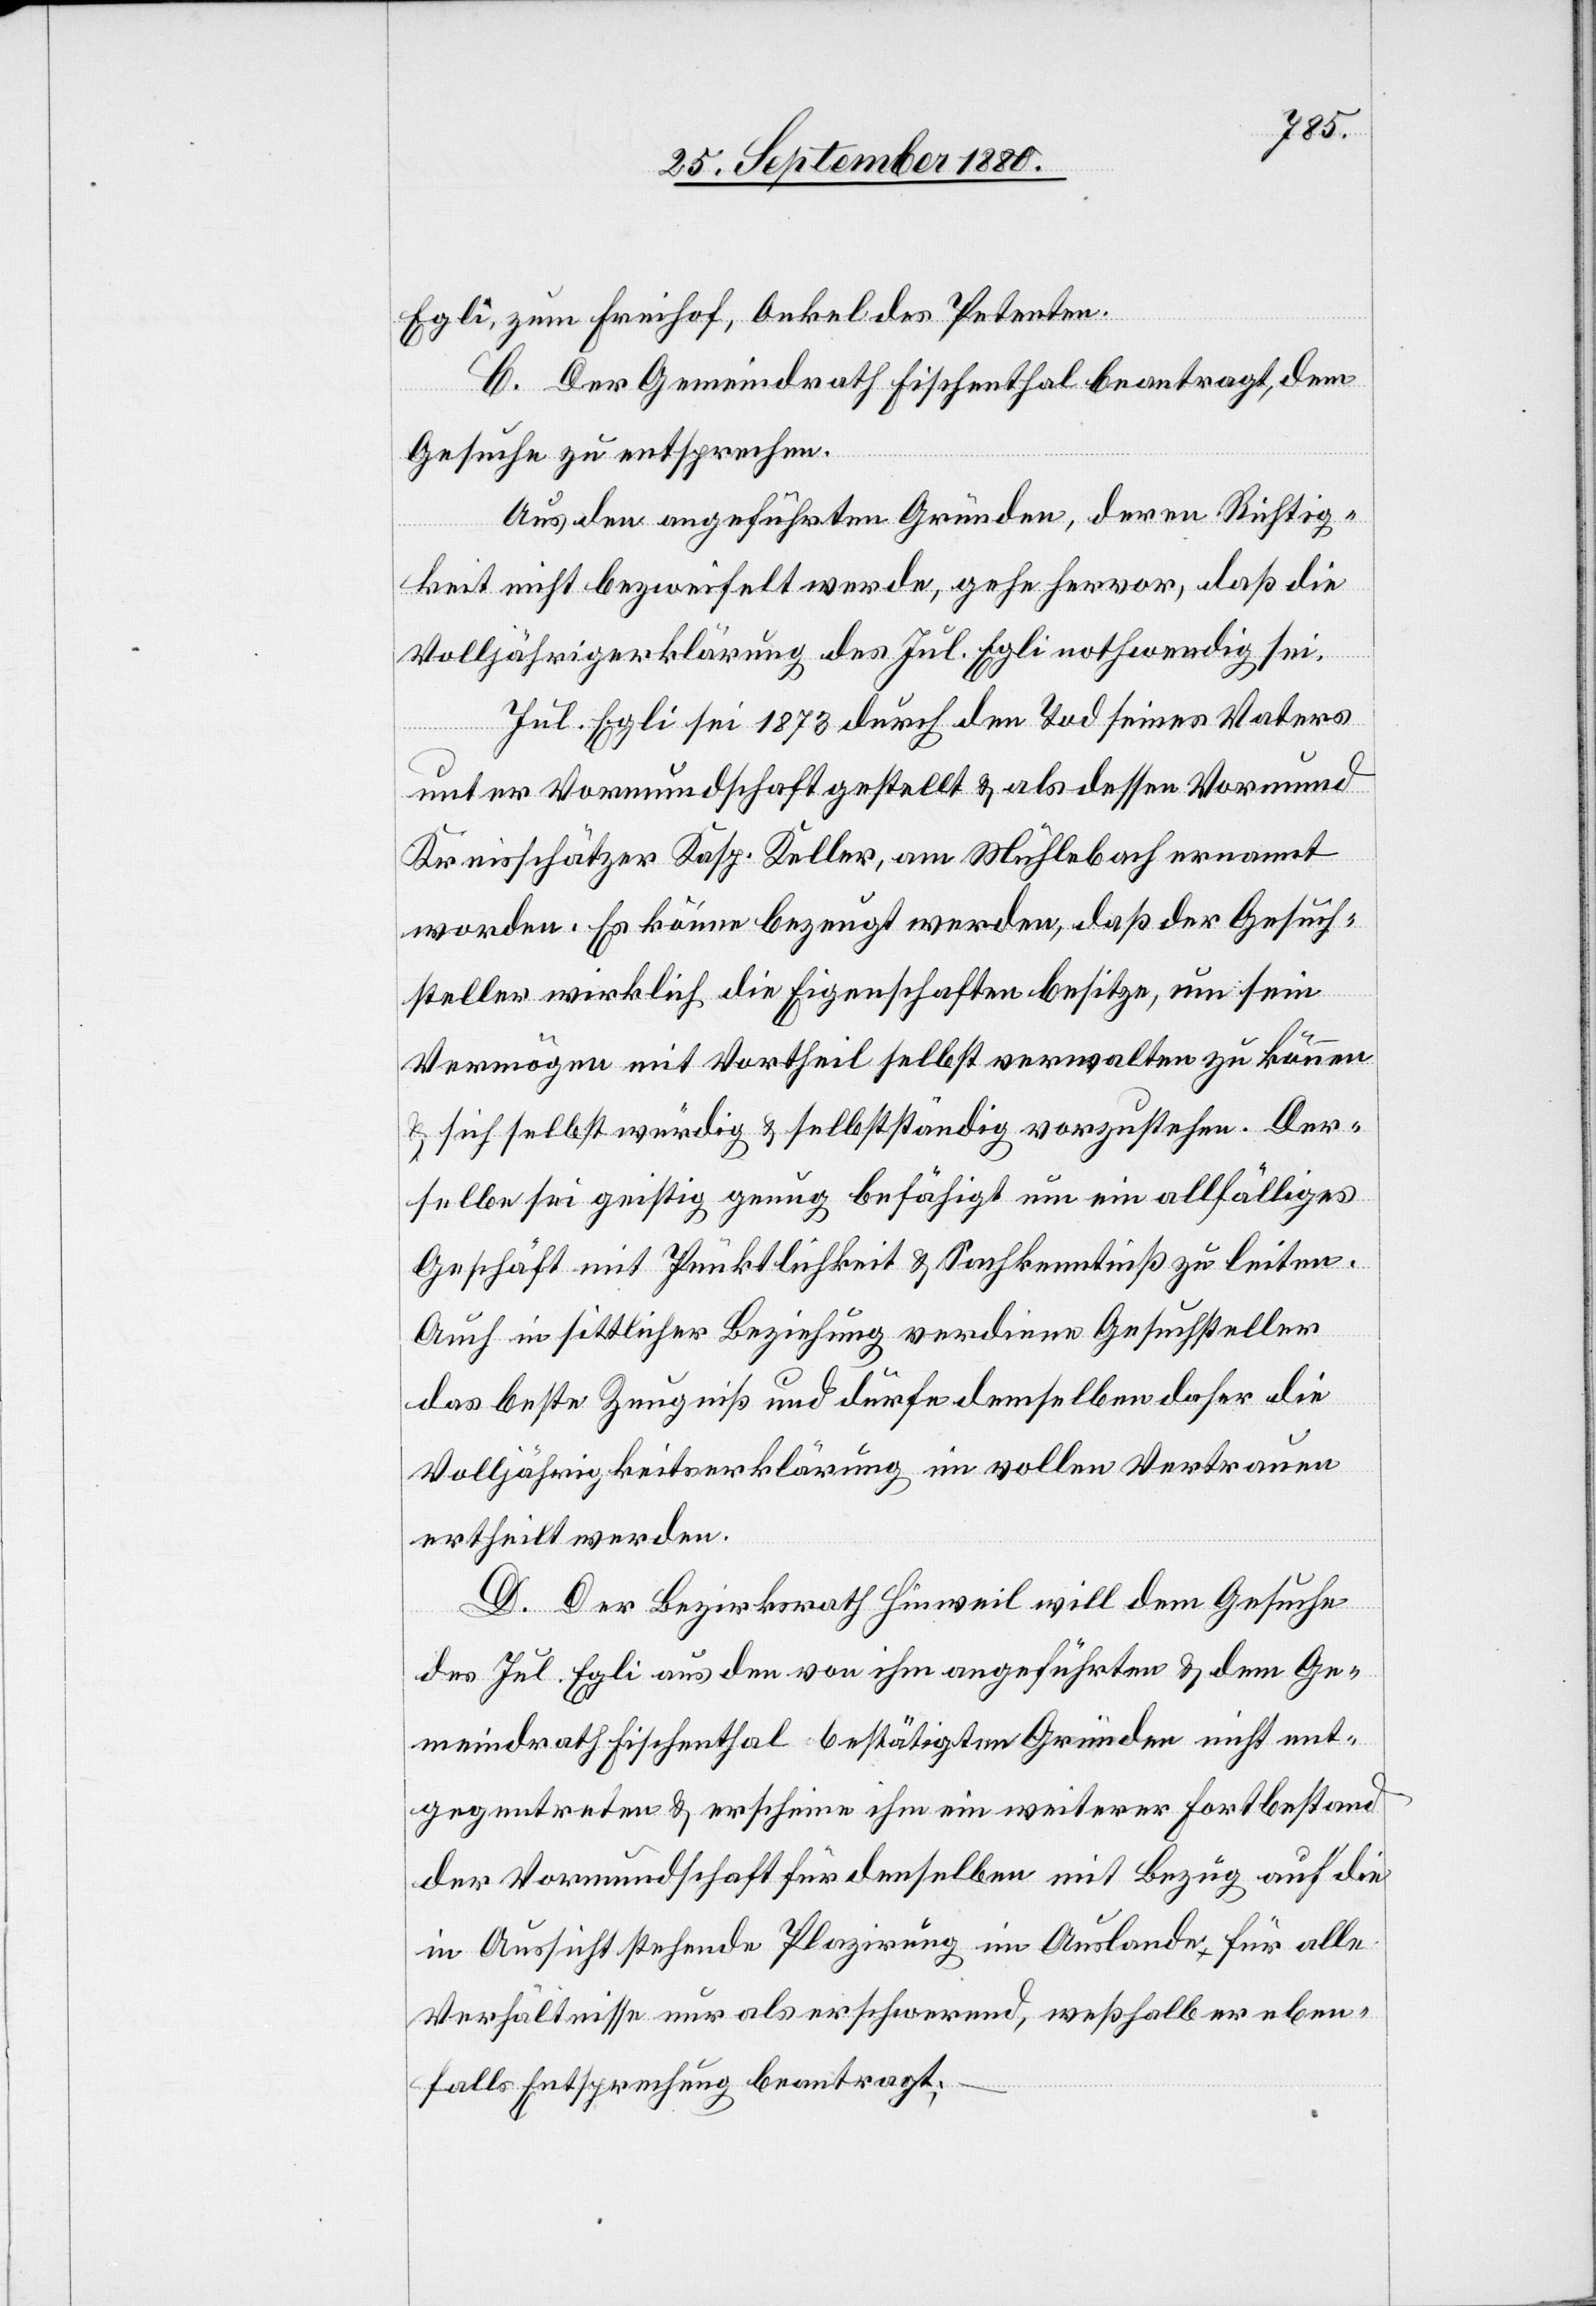
Egli, zum Freihof, Onkel des Petenten.
C. Der Gemeindrath Fischenthal beantragt, dem
Gesuche zu entsprechen.
Aus den angeführten Gründen, deren Richtig¬
keit nicht bezweifelt werde, gehe hervor, daß die
Volljährigerklärung des Jul. Egli nothwendig sei.
Jul. Egli sei 1878 durch den Tod seines Vaters
unter Vormundschaft gestellt & als dessen Vormund
Kreisschätzer Kasp. Keller, am Mühlebach ernannt
worden. Es könne bezeugt werden, daß der Gesuch¬
steller wirklich die Eigenschaften besitze, um sein
Vermögen mit Vortheil selbst verwalten zu können
& sich selbstwürdig & selbstständig vorzustehen. Der¬
selbe sei geistig genug befähigt um ein allfälliges
Geschäft mit Pünktlichkeit & Sachkenntniß zu leiten.
Auch in sittlicher Beziehung verdiene Gesuchsteller
das beste Zeugniß und dürfe demselben daher die
Volljährigkeitserklärung im vollen Vertrauen
ertheilt werden.
D. Der Bezirksrath Hinweil will dem Gesuche
des Jul. Egli aus den von ihm angeführten & dem Ge¬
meindrath Fischenthal bestätigten Gründen nicht ent¬
gegentreten & erscheine ihm ein weiterer Fortbestand
der Vormundschaft für denselben mit Bezug auf die
in Aussicht stehende Plazirung im Auslande für alle
Verhältnisse nur als erschwerend, weßhalb er eben¬
falls Entsprechung beantragt;